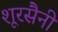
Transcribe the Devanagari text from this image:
शूरसैनी